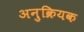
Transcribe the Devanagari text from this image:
अनुक्रियक